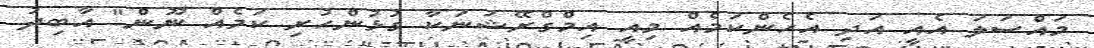
މައްސަލަ އެއީ އަދި އެހެންކަމެއް މިއީ އިމްގްރޭޝަނަކާ ގުޅުންހުރި ކަމެއް ނޫން" އާބިދު